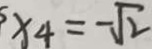
x _ { 4 } = - \sqrt { 2 }